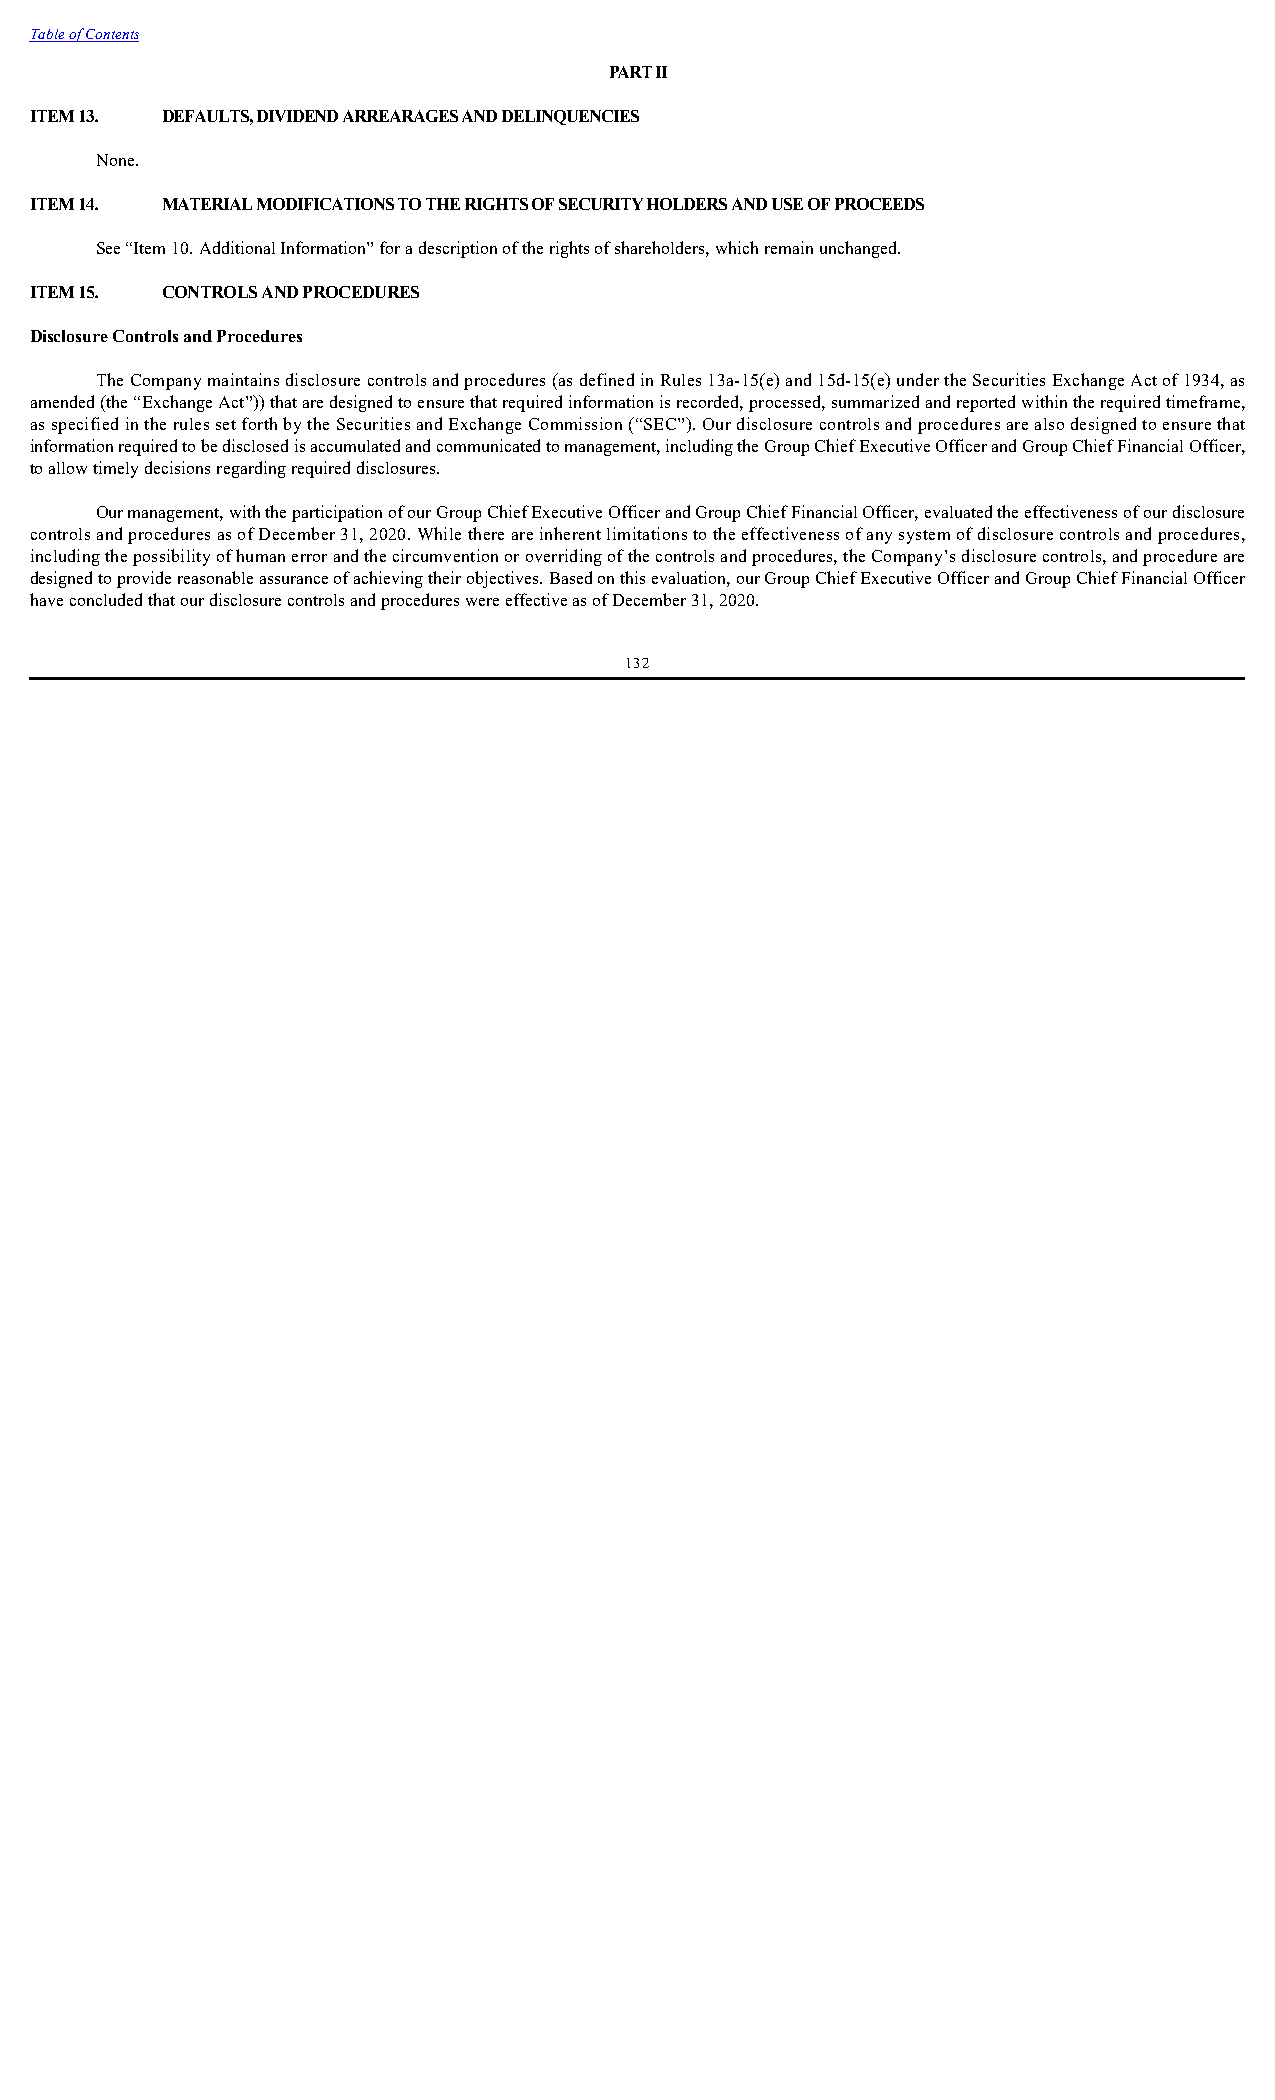
Table of Contents
 PART II
 ITEM 13. DEFAULTS, DIVIDEND ARREARAGES AND DELINQUENCIES
 None.
 ITEM 14. MATERIAL MODIFICATIONS TO THE RIGHTS OF SECURITY HOLDERS AND USE OF PROCEEDS
 See “Item 10. Additional Information” for a description of the rights of shareholders, which remain unchanged.
 ITEM 15. CONTROLS AND PROCEDURES
 Disclosure Controls and Procedures
 The Company maintains disclosure controls and procedures (as defined in Rules 13a-15(e) and 15d-15(e) under the Securities Exchange Act of 1934, as
 amended (the “Exchange Act”)) that are designed to ensure that required information is recorded, processed, summarized and reported within the required timeframe,
 as specified in the rules set forth by the Securities and Exchange Commission (“SEC”). Our disclosure controls and procedures are also designed to ensure that
 information required to be disclosed is accumulated and communicated to management, including the Group Chief Executive Officer and Group Chief Financial Officer,
 to allow timely decisions regarding required disclosures.
 Our management, with the participation of our Group Chief Executive Officer and Group Chief Financial Officer, evaluated the effectiveness of our disclosure
 controls and procedures as of December 31, 2020. While there are inherent limitations to the effectiveness of any system of disclosure controls and procedures,
 including the possibility of human error and the circumvention or overriding of the controls and procedures, the Company’s disclosure controls, and procedure are
 designed to provide reasonable assurance of achieving their objectives. Based on this evaluation, our Group Chief Executive Officer and Group Chief Financial Officer
 have concluded that our disclosure controls and procedures were effective as of December 31, 2020.
 132